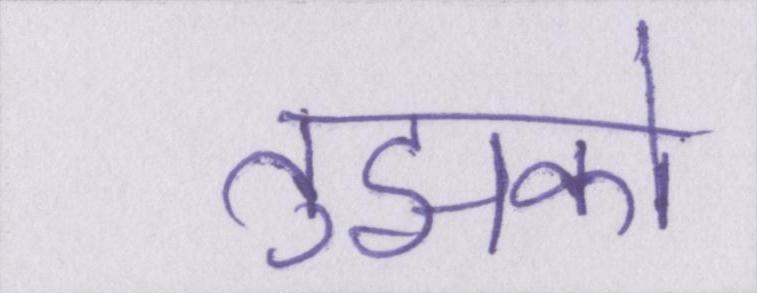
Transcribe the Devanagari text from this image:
तुझको